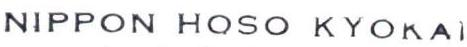
NIPPON HOSO KYOKAI